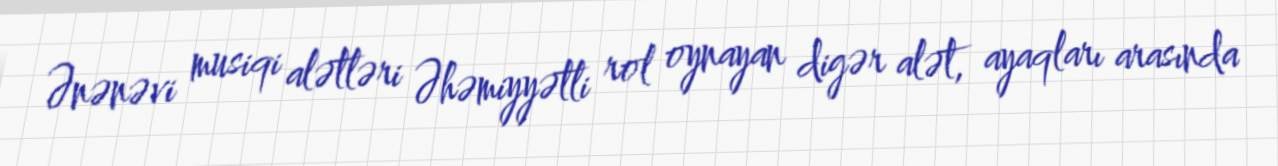
Ənənəvi musiqi alətləri Əhəmiyyətli rol oynayan digər alət, ayaqları arasında